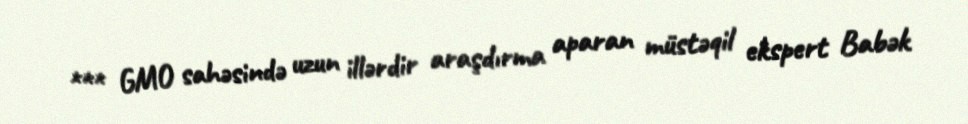
*** GMO sahəsində uzun illərdir araşdırma aparan müstəqil ekspert Babək